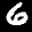
Label: 6